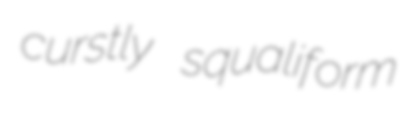
curstly squaliform